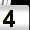
Digit: 4